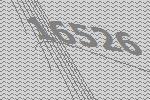
16526